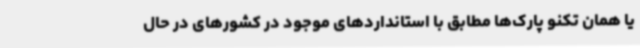
یا همان تکنو پارک‌ها مطابق با استانداردهای موجود در کشورهای در حال